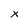
Character: x